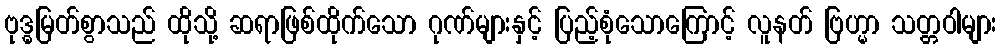
ဗုဒ္ဓမြတ်စွာသည် ထိုသို့ ဆရာဖြစ်ထိုက်သော ဂုဏ်များနှင့် ပြည့်စုံသောကြောင့် လူနတ် ဗြဟ္မာ သတ္တဝါများ